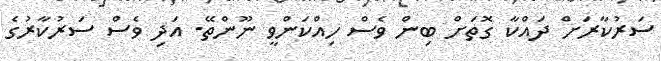
ސަރުކާރަށް ދައްކާ ގޮތަށް ބިން ވެސް ހިއްކަންވީ ނޫންތޭ. އަދި ވެސް ސަރުކާރުގެ